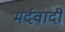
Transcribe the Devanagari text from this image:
मर्दवादी